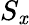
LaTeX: S_{\mathit{x}}